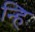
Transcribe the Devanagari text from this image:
न्हि